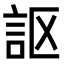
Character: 𧦅